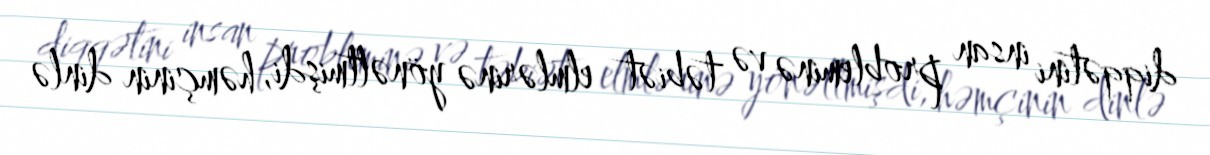
diqqətini insan probleminə və təbiət elmlərinə yönəltmişdi, həmçinin dinlə